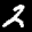
Label: 2